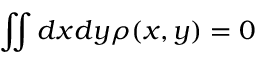
\iint d x d y \rho ( x , y ) = 0